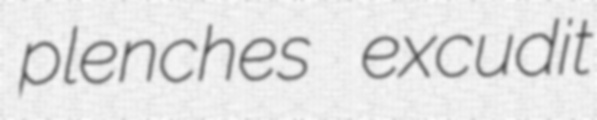
plenches excudit